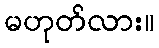
မဟုတ်လား။